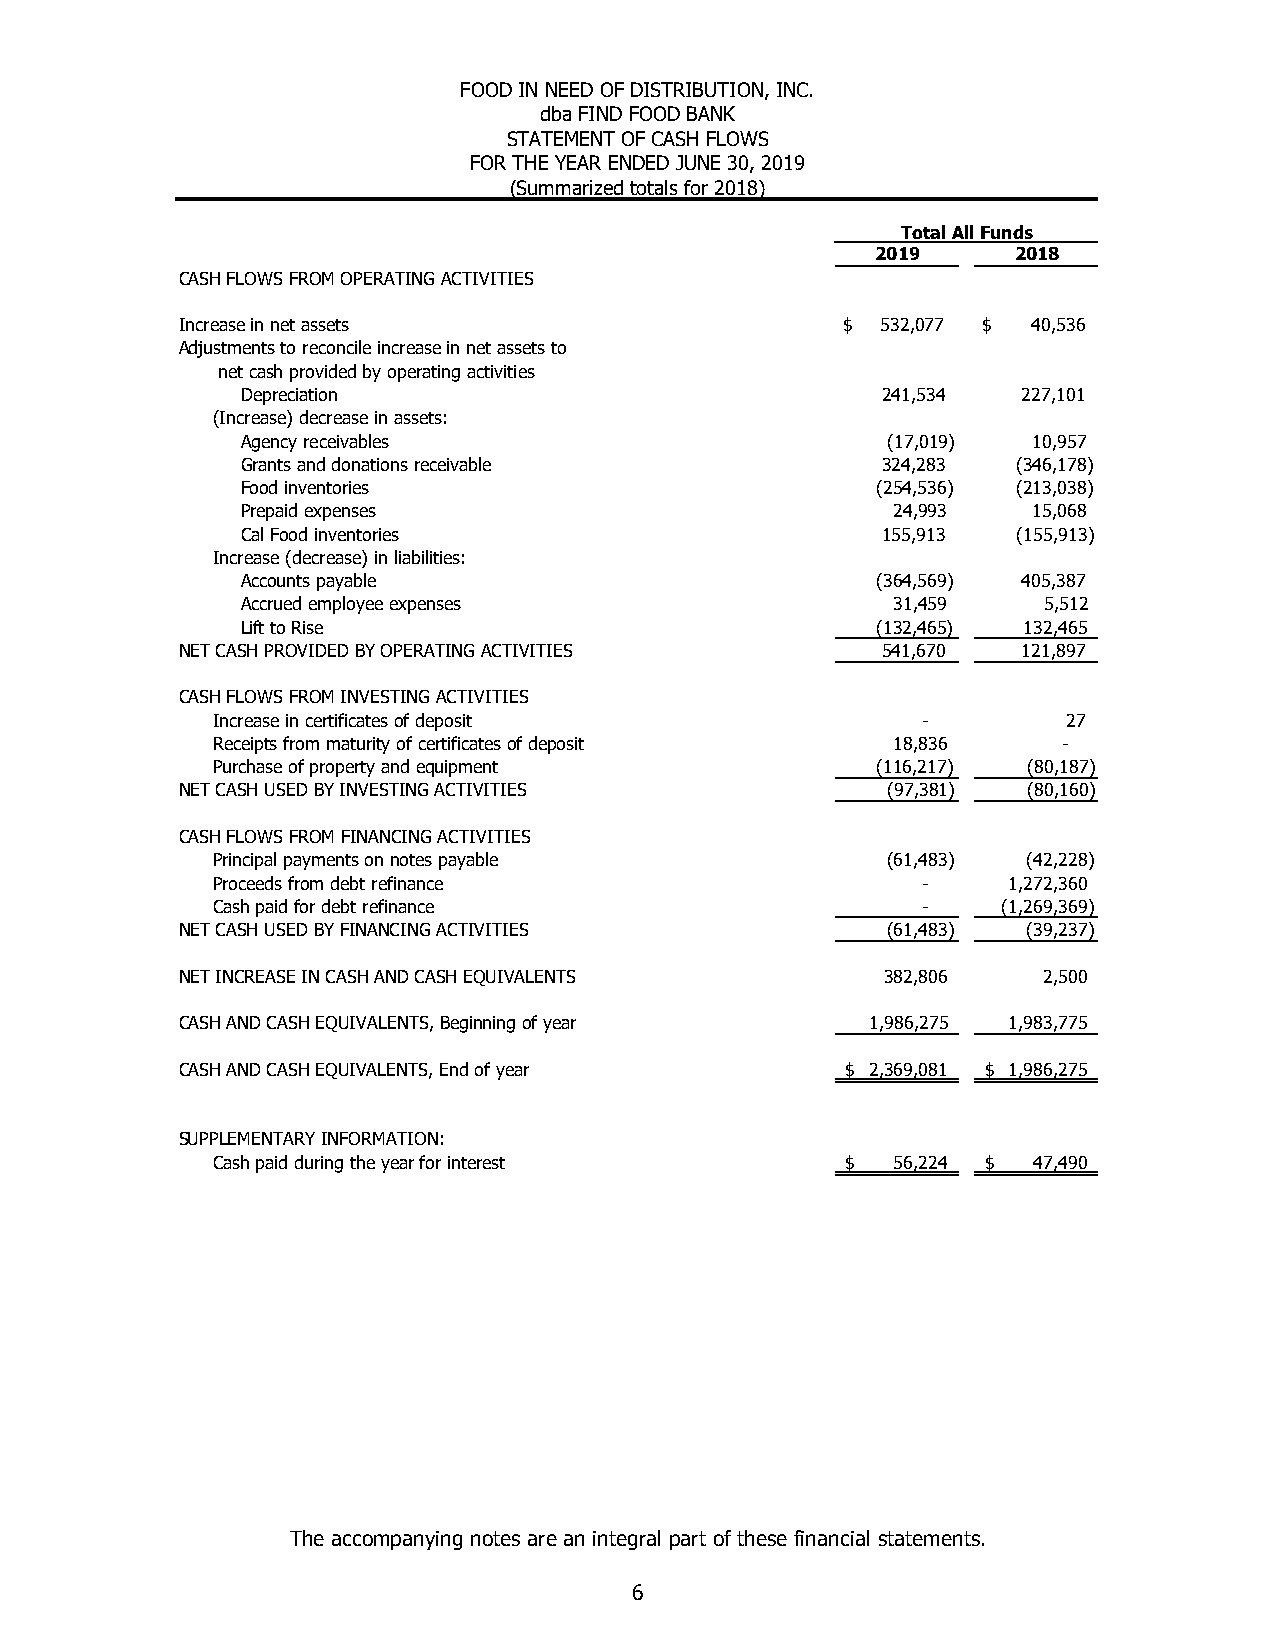
FOOD IN NEED OF DISTRIBUTION, INC.
 dba FIND FOOD BANK
 STATEMENT OF CASH FLOWS
 FOR THE YEAR ENDED JUNE 30, 2019
 (Summarized totals for 2018)
 Total All Funds
 2019     2018
 CASH FLOWS FROM OPERATING ACTIVITIES
 Increase in net assets                      $ 532,077 $ 40,536
 Adjustments to reconcile increase in net assets to
 net cash provided by operating activities
 Depreciation                              241,534   227,101
 (Increase) decrease in assets:
 Agency receivables                         (17,019) 10,957
 Grants and donations receivable           324,283  (346,178)
 Food inventories                          (254,536) (213,038)
 Prepaid expenses                           24,993   15,068
 Cal Food inventories                      155,913  (155,913)
 Increase (decrease) in liabilities:
 Accounts payable                          (364,569) 405,387
 Accrued employee expenses                  31,459    5,512
 Lift to Rise                              (132,465) 132,465
 NET CASH PROVIDED BY OPERATING ACTIVITIES     541,670   121,897
 CASH FLOWS FROM INVESTING ACTIVITIES
 Increase in certificates of deposit            -         27
 Receipts from maturity of certificates of deposit 1 8,836 -
 Purchase of property and equipment          (116,217) (80,187)
 NET CASH USED BY INVESTING ACTIVITIES          (97,381) (80,160)
 CASH FLOWS FROM FINANCING ACTIVITIES
 Principal payments on notes payable          (61,483) (42,228)
 Proceeds from debt refinance                   -     1,272,360
 Cash paid for debt refinance                   -    (1,269,369)
 NET CASH USED BY FINANCING ACTIVITIES          (61,483) (39,237)
 NET INCREASE IN CASH AND CASH EQUIVALENTS      382,806   2,500
 CASH AND CASH EQUIVALENTS, Beginning of year  1,986,275 1,983,775
 CASH AND CASH EQUIVALENTS, End of year      $ 2,369,081 $ 1,986,275
 SUPPLEMENTARY INFORMATION:
 Cash paid during the year for interest    $  56,224 $ 47,490
 The accompanying notes are an integral part of these financial statements.
 6